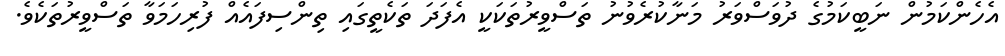
އެހެންކަމުން ނަބީކަމުގެ ދުވަސްވަރު މަނާކުރެވުނު ތަސްވީރުތަކަކީ އެފަދަ ތަކެތީގައި ތިންސިފައެއް ފުރިހަމަވާ ތަސްވީރުތަކެވެ.